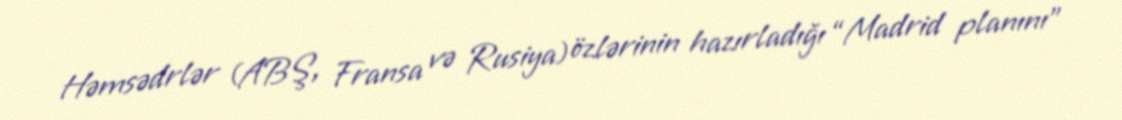
Həmsədrlər (ABŞ, Fransa və Rusiya) özlərinin hazırladığı “Madrid planını”